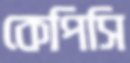
কেপিসি